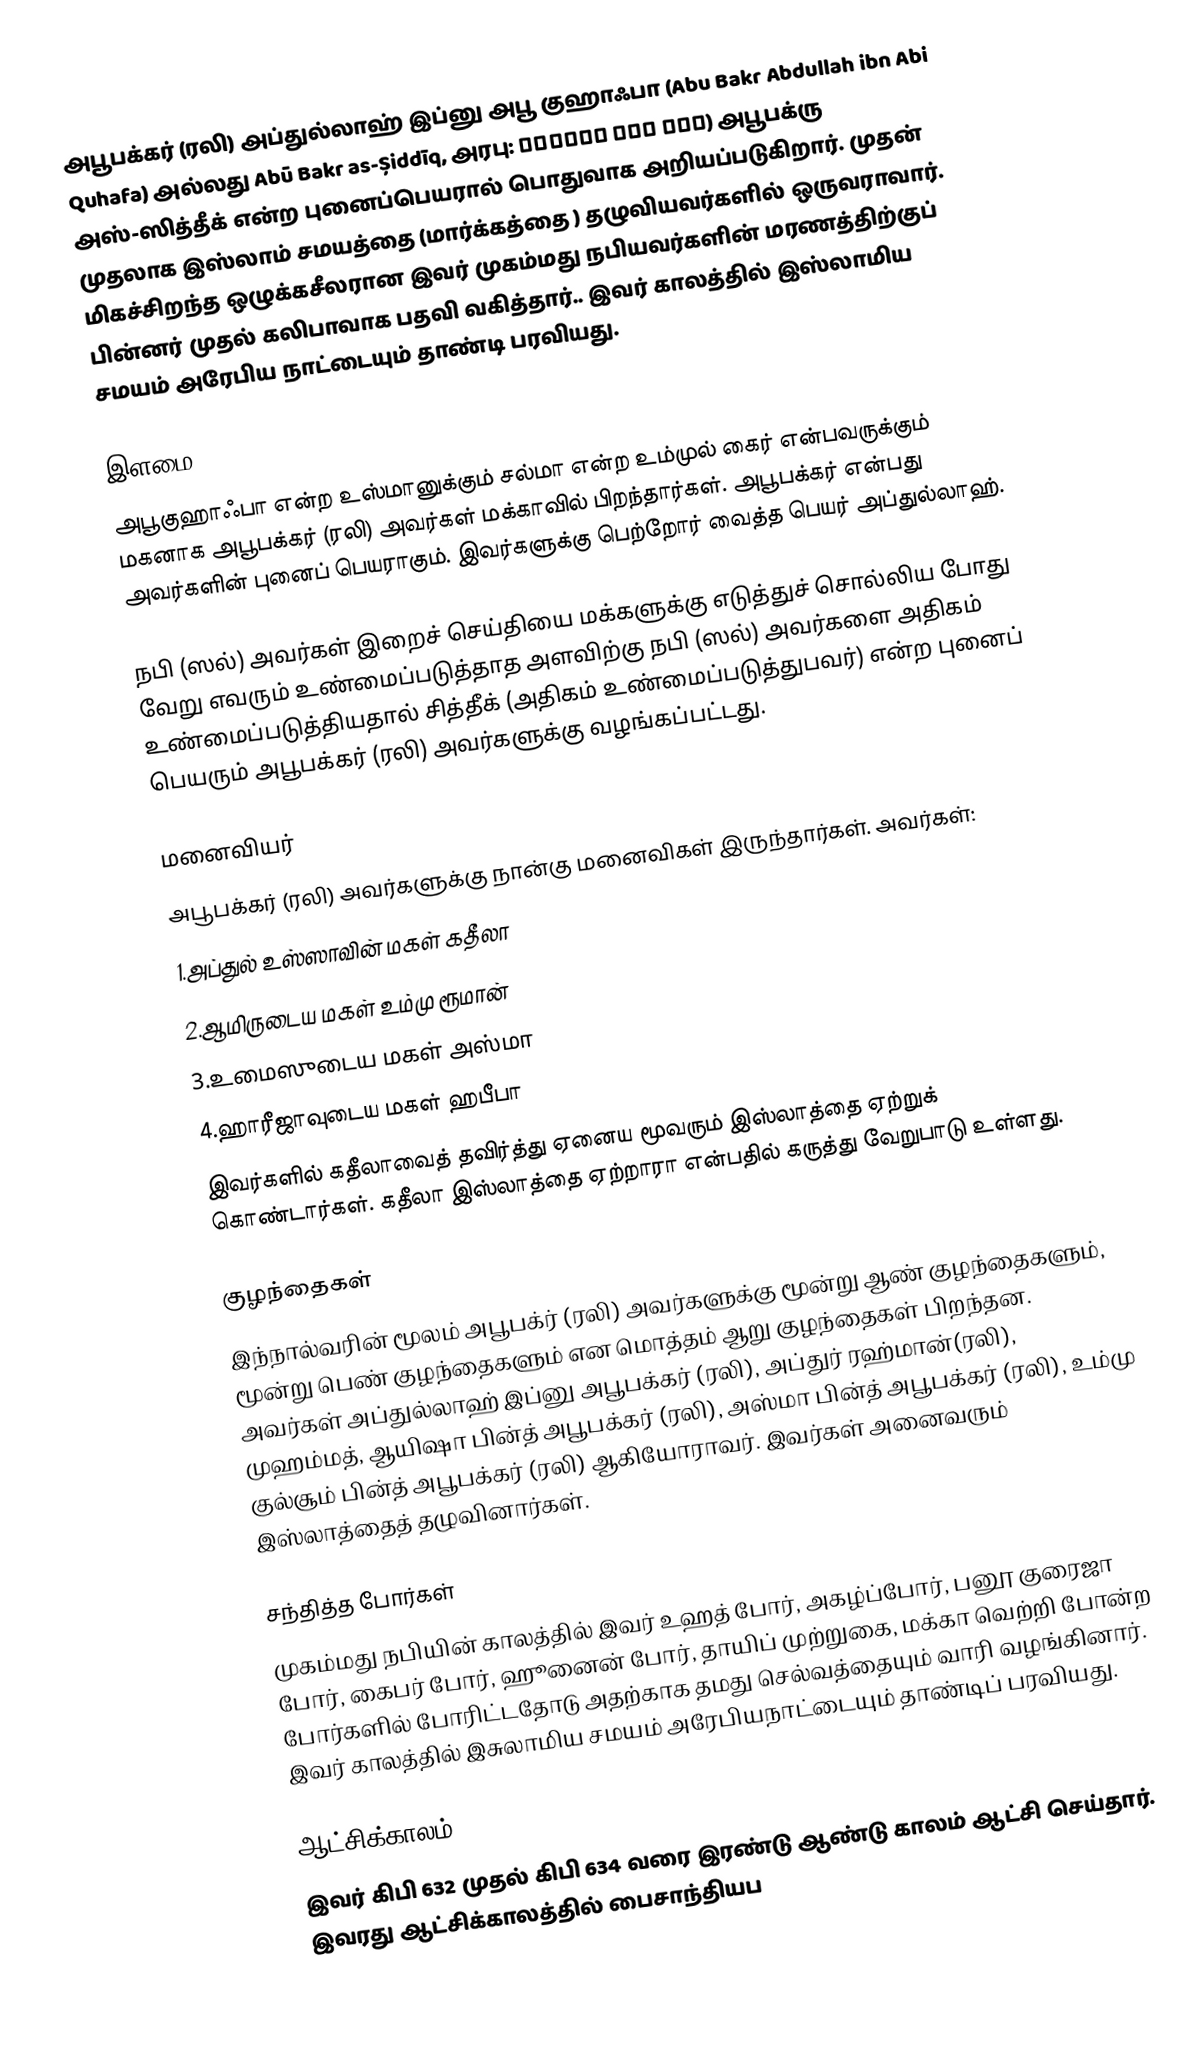
அபூபக்கர் (ரலி) அப்துல்லாஹ் இப்னு அபூ குஹாஃபா (Abu Bakr Abdullah ibn Abi Quhafa) அல்லது Abū Bakr as-Șiddīq, அரபு: أبو بكر الصديق) அபூபக்ரு அஸ்-ஸித்தீக் என்ற புனைப்பெயரால் பொதுவாக அறியப்படுகிறார். முதன் முதலாக இஸ்லாம் சமயத்தை (மார்க்கத்தை ) தழுவியவர்களில் ஒருவராவார். மிகச்சிறந்த ஒழுக்கசீலரான இவர் முகம்மது நபியவர்களின் மரணத்திற்குப்  பின்னர் முதல் கலிபாவாக பதவி வகித்தார்.. இவர் காலத்தில் இஸ்லாமிய சமயம் அரேபிய நாட்டையும் தாண்டி பரவியது.

இளமை
அபூகுஹாஃபா என்ற உஸ்மானுக்கும் சல்மா என்ற உம்முல் கைர் என்பவருக்கும் மகனாக அபூபக்கர் (ரலி) அவர்கள் மக்காவில் பிறந்தார்கள். அபூபக்கர் என்பது அவர்களின் புனைப் பெயராகும். இவர்களுக்கு பெற்றோர் வைத்த பெயர் அப்துல்லாஹ்.

நபி (ஸல்) அவர்கள் இறைச் செய்தியை மக்களுக்கு எடுத்துச் சொல்லிய போது வேறு எவரும் உண்மைப்படுத்தாத அளவிற்கு நபி (ஸல்) அவர்களை அதிகம் உண்மைப்படுத்தியதால் சித்தீக் (அதிகம் உண்மைப்படுத்துபவர்) என்ற புனைப் பெயரும் அபூபக்கர் (ரலி) அவர்களுக்கு வழங்கப்பட்டது.

மனைவியர்
அபூபக்கர் (ரலி) அவர்களுக்கு நான்கு மனைவிகள் இருந்தார்கள். அவர்கள்:
1.அப்துல் உஸ்ஸாவின் மகள் கதீலா
2.ஆமிருடைய மகள் உம்மு ரூமான்
3.உமைஸுடைய மகள் அஸ்மா
4.ஹாரீஜாவுடைய மகள் ஹபீபா
இவர்களில் கதீலாவைத் தவிர்த்து ஏனைய மூவரும் இஸ்லாத்தை ஏற்றுக் கொண்டார்கள். கதீலா இஸ்லாத்தை ஏற்றாரா என்பதில் கருத்து வேறுபாடு உள்ளது.

குழந்தைகள்
இந்நால்வரின் மூலம் அபூபக்ர் (ரலி) அவர்களுக்கு மூன்று ஆண் குழந்தைகளும், மூன்று பெண் குழந்தைகளும் என மொத்தம் ஆறு குழந்தைகள் பிறந்தன. அவர்கள் அப்துல்லாஹ் இப்னு அபூபக்கர் (ரலி), அப்துர் ரஹ்மான்(ரலி), முஹம்மத், ஆயிஷா பின்த் அபூபக்கர் (ரலி), அஸ்மா பின்த் அபூபக்கர் (ரலி), உம்மு குல்சூம் பின்த் அபூபக்கர் (ரலி) ஆகியோராவர். இவர்கள் அனைவரும் இஸ்லாத்தைத் தழுவினார்கள்.

சந்தித்த போர்கள்
முகம்மது நபியின் காலத்தில் இவர் உஹத் போர், அகழ்ப்போர், பனூ குரைஜா போர், கைபர் போர், ஹூனைன் போர், தாயிப் முற்றுகை, மக்கா வெற்றி போன்ற போர்களில் போரிட்டதோடு அதற்காக தமது செல்வத்தையும் வாரி வழங்கினார். இவர் காலத்தில் இசுலாமிய சமயம் அரேபியநாட்டையும் தாண்டிப் பரவியது.

ஆட்சிக்காலம்
இவர்  கிபி 632 முதல்  கிபி 634 வரை இரண்டு ஆண்டு காலம் ஆட்சி செய்தார். இவரது ஆட்சிக்காலத்தில் பைசாந்தியப